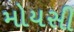
મોયસી